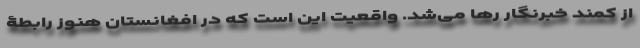
از کمند خبرنگار رها می‌شد. واقعیت این است که در افغانستان هنوز رابطۀ